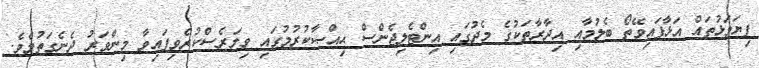
ފިޔަވަޅުތައް އަޅާފައިވޭތޯ ބެލުމާއި އިދާރާތަކުގެ މެދުގައި އިންޓެލިޖެންސް ޙިއްޞާކުރުމުގައި ވިލަރެސްކުރެވިފައިވާ މިންވަރު ދެނެގަތުމެވެ.